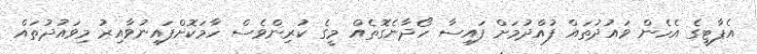
އެޕާޓީގެ އެހެން ވައުދުތައް ފުއްދުމަށް ފައިސާ ހޯދާނެގޮތެއް މީގެ ކުރިންވެސް ހާމަކޮށްފައިނުވާއިރު މިވައުދުތައް